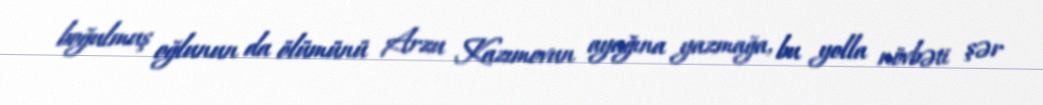
boğulmuş oğlunun da ölümünü Arzu Kazımovun ayağına yazmağa, bu yolla növbəti şər